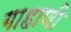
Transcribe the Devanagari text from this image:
गाहाणी